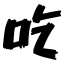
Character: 吃